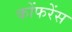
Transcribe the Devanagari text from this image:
कोंफरेंस